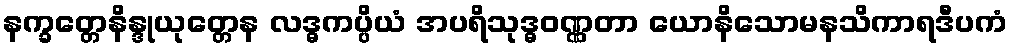
နက္ခတ္တေနိန္ဒုယုတ္တေန လဒ္ဓကပ္ပိယံ အပရိသုဒ္ဓဝဏ္ဏတာ ယောနိသောမနသိကာရဒီပကံ